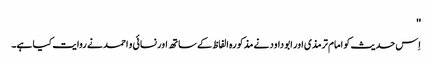
''
اِس حدیث کو امام ترمذی اور ابو داود نے مذکورہ الفاظ کے ساتھ اور نسائی و احمد نے روایت کیا ہے۔